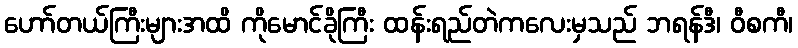
ဟော်တယ်ကြီးများအထိ ကိုမောင်ခိုကြီး ထန်းရည်တဲကလေးမှသည် ဘရန်ဒီ၊ ဝီစကီ၊